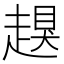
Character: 𧽀